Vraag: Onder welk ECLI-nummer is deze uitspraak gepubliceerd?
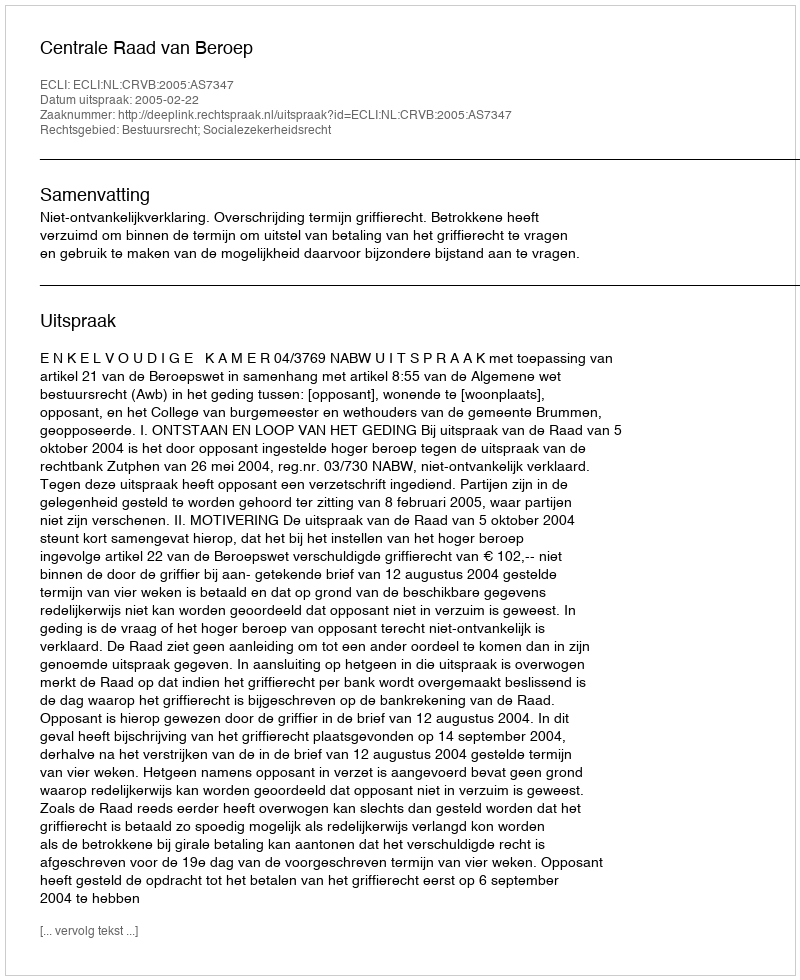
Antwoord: ECLI:NL:CRVB:2005:AS7347